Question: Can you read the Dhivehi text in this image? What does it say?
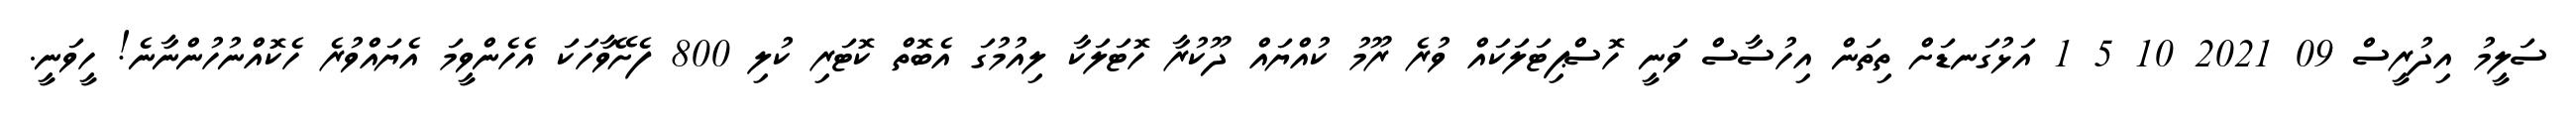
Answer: ސަލީމު އިދުރީސް 09 2021 10 5 1 އަޅުގަނޑަށް ތިތަން އިހުސާސް ވަނީ ހޮސްޕިޓަލަކައް ވުރެ ރޫމު ކުއްޔައް ދޫކުރާ ހޮޓަލަކާ ލިއުމުގަ އެބޮތް ކޮޓަރި ކުލި 800 ފެށޭވާހަކަ އެހެންވީމަ އެޔައްވުރެ ހެކޮއްނުހުންނާނެ! ހީވަނީ.